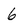
Character: 6